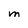
Character: M